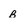
Character: b